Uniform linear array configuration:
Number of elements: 4
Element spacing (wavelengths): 0.75
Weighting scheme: hamming
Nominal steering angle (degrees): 15
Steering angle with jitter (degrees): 15.612
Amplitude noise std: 0.05
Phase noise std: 0.05

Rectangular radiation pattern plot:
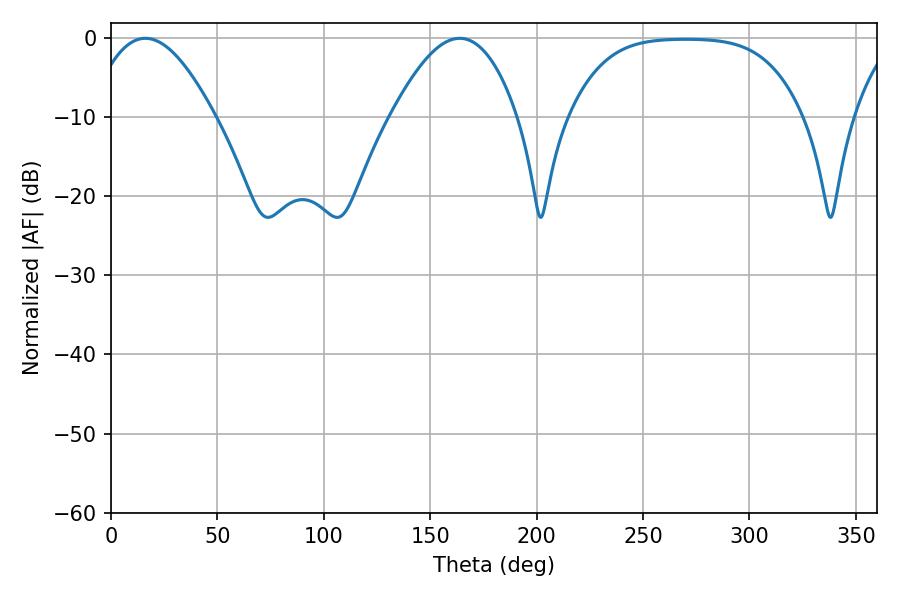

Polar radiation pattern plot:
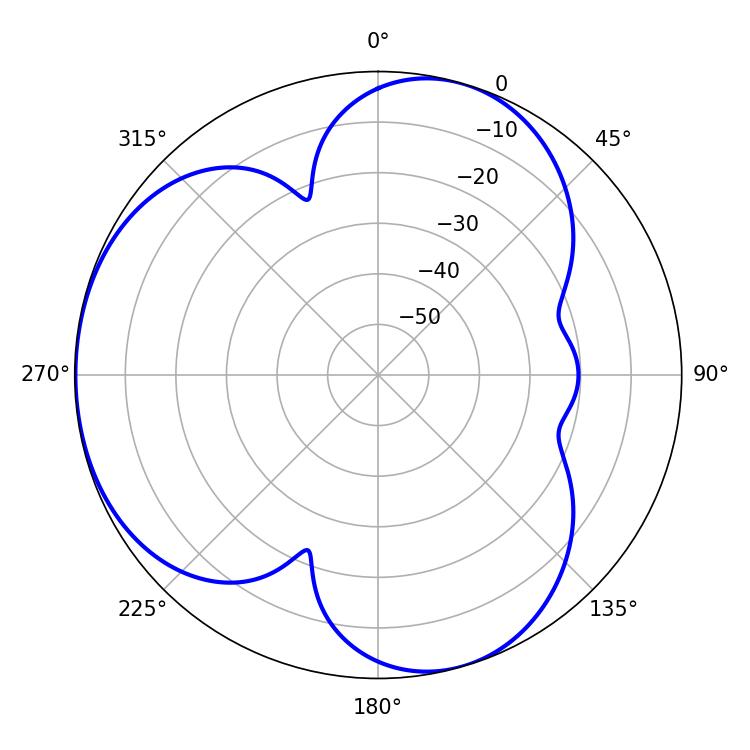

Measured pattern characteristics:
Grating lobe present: TRUE
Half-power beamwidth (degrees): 32.22
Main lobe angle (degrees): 16.2